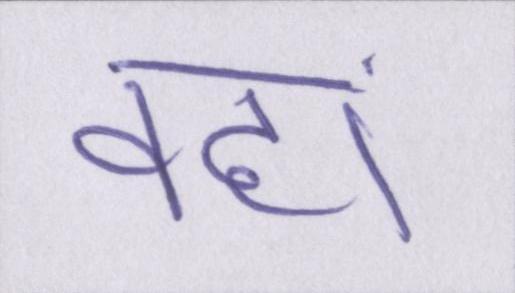
वहां